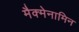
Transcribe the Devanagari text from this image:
मैक्मेनामिन